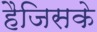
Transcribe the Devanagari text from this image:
हैजिसके